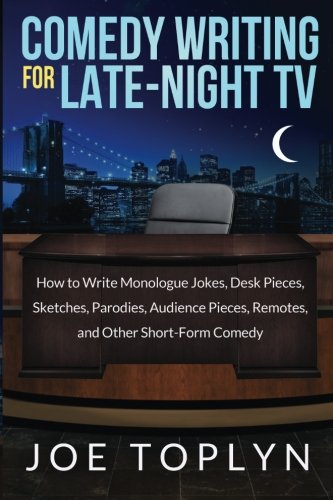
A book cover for Comedy Writing for Late-Night TV: How to Write Monologue Jokes, Desk Pieces, Sketches, Parodies, Audience Pieces, Remotes, and Other Short-Form Comedy; Joe Toplyn; Humor & Entertainment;